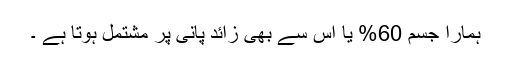
ہمارا جسم 60% یا اس سے بھی زائد پانی پر مشتمل ہوتا ہے ۔